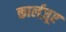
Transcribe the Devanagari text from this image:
कार्लज़ूए